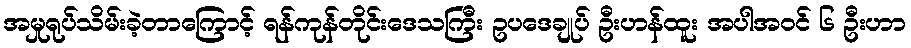
အမှုရုပ်သိမ်းခဲ့တာကြောင့် ရန်ကုန်တိုင်းဒေသကြီး ဥပဒေချုပ် ဦးဟန်ထူး အပါအဝင် ၆ ဦးဟာ